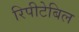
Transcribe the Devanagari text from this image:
रिपीटेबिल